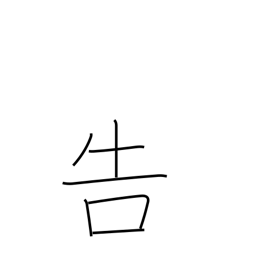
Meaning: tell